Vaccination North-Western Provinces 1866-1877 - 1866-1877
Year: 1866
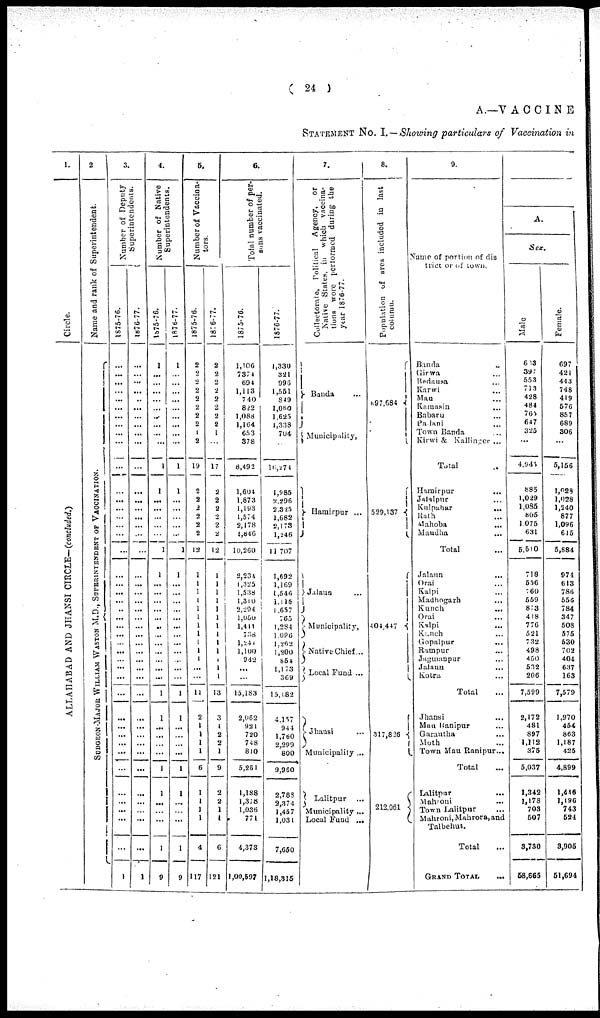
( 24 )
A.—VACCINE
STATEMENT NO. I. —Showing particulars of Vaccination in
1.
Circle.
ALLAHABAD AND JHANSI CIRCLE-(concluded.)
2.
Name and rank of Superintendent.
SURGEON-MAJOR WIL L IAM WAS T ON M. D. , S
UP E R INT
E NDE NT OF VACCINAT ION.
3.
Number of Deputy
Superintendents.
1875-76.
...
...
...
...
...
...
...
...
...
...
...
...
...
...
...
...
...
...
...
...
...
...
...
...
...
...
...
...
...
...
...
...
...
...
...
...
...
...
...
...
...
...
...
1
1876-77.
...
...
...
...
...
...
...
...
...
...
...
...
...
...
...
...
...
...
...
...
...
...
...
...
...
...
...
...
...
...
...
...
...
...
...
...
...
...
...
...
...
...
1
4.
Number of Native
Superintendents.
1875-76.
1
...
...
...
...
...
...
...
...
...
1
1
...
...
...
...
...
1
1
...
...
...
...
...
...
...
...
...
...
...
1
1
...
...
...
...
1
1
...
...
...
1
9
1876-77.
1
...
...
...
...
...
...
...
...
...
1
1
...
...
...
...
...
1
1
...
...
...
...
...
...
...
...
...
...
...
...
1
1
...
...
...
...
...
1
...
...
...
1
9
5.
Number of Vaccina-
tors.
1875-76.
2
2
2
2
2
2
2
2
1
2
19
2
2
2
2
2
2
12
1
1
1
1
1
1
1
1
1
1
1
...
11
2
1
1
1
1
6
1
1
1
1
4
117
1876-77.
2
2
2
2
2
2
2
2
1
...
17
2
2
2
2
2
2
12
1
1
1
1
1
1
1
1
1
1
1
1
1
13
3
1
2
2
1
9
2
2
1
1
6
121
6.
Total number of per-
sons vaccinated.
1875-76.
1,106
7374
694
1,113
7 40
822
1,068
1,164
653
378
8,492
1,604
1,873
1,193
1,574
2,178
1,846
10,260
2,234
1,325
1,538
1,310
2,294
1,050
1,411
788
1,241
1,100
942
...
...
15,183
2,062
921
720
748
810
5,251
1,188
1,378
1,036
771
4,373
1,00,597
1876-77.
1,330
321
996
1,551
849
1,060
1,625
1,338
704
16,274
1,985
2,296
2.325
1,682
2,173
1,246
11,707
1,692
1,169
1,546
1,116
1,657
765
1,284
l,096
1,262
1,200
864
1,173
369
15,182
4,157
944
1,760
2,299
800
9,960
2,788
2,374
1,457
1,031
7,650
1,18,315
7.
Collectorate, Political Agency, or
Native States, in which vaccina-
tions were performed during the
year 1876-77.
Banda ...
Municipality,
Harnirpur ...
Jalaun ...
Municipality,
Native Chief...
Local Fund ...
Jhansi
Municipality ...
Lalitpur ...
Municipality ...
Local fund ...
8.
Population of area included in last
column.
697,684
529,137
404,447
317,826
212.061
9.
Name of portion of dis
trict or of town.
Banda
Girwa
Badausa
Karwi
Mau
Kamasin
Babaru
Padani
Town Banda
Kirwi & Kallinger
Total
Hamirpur
Jalalpur
Kulpahar
Rath
Mahoba
Maudha
Total
Jalaun
Orai
Kalpi
Madhogarh
Kunch
Orai
Kalpi
Kunch
Gopalpur
Rampur
Jagmanpur
Jalnun
Kotra
Total
Jhansi
Man Ranipur
Garantha
Moth
Town Mau Ranipur
Total
Lalitpur
Mahroni
Town Lalitpur
...
...
...
...
...
...
...
...
...
...
...
...
...
...
...
...
...
...
...
...
...
...
...
...
...
...
...
...
...
...
...
...
...
...
...
...
...
...
...
...
...
Mahroni, Mahrora, and
Talbehut.
Total
GRANS TOTAL
...
...
A.
Sex.
Male
683
397
553
713
428
484
765
647
325
...
4,945
885
1,029
1,085
805
1,075
631
5,510
718
556
760
559
873
418
776
521
732
498
450
532
206
7,599
2,172
481
897
1,112
375
5,037
1,342
1,178
703
507
3,730
58,665
Female.
697
421
443
748
419
576
857
689
306
...
5,156
1,028
1,028
1,240
877
1,096
615
5,884
974
613
786
556
784
347
508
575
630
702
404
637
163
7,579
1,970
454
863
1,187
425
4,899
1,446
1,196
743
524
3,905
51,694